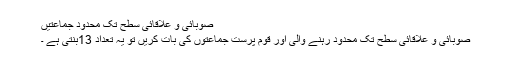
صوبائی و علاقائی سطح تک محدود جماعتیں
صوبائی و علاقائی سطح تک محدود رہنے والی اور قوم پرست جماعتوں کی بات کریں تو یہ تعداد 13بنتی ہے ۔